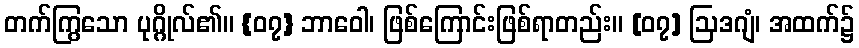
တက်ကြွသော ပုဂ္ဂိုလ်၏။ {၀၇} ဘာဝေါ၊ ဖြစ်ကြောင်းဖြစ်ရာတည်း။ [၀၇] ဩဒဂျံ၊ အထက်၌